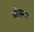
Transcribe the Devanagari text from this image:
बोस्ना